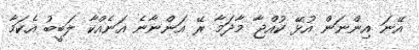
އޭނަ އިންނަން އުޅޭ ކުއްޖާ މާދަމާ ރޭ އަންނާނެ އަނެއްކާ ލަބީބު އެކަމާ